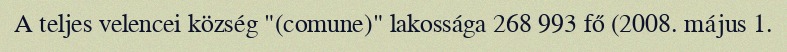
A teljes velencei község "(comune)" lakossága 268 993 fő (2008. május 1.